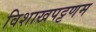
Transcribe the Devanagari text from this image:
विशाखपट्टणम